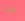
جواز